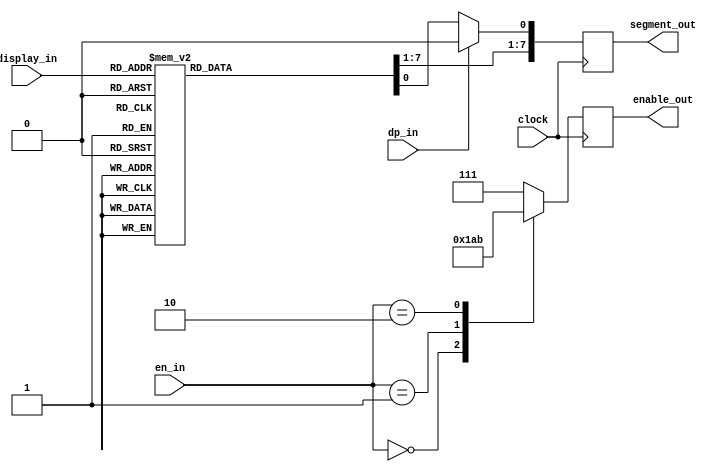
`timescale 1ns / 1ps
//////////////////////////////////////////////////////////////////////////////////
// Company: 
// Engineer: 
// 
// Design Name: 
// Module Name:    display_7_seg 
// Project Name: 
// Target Devices: 
// Tool versions: 
// Description: 
//
// Dependencies: 
//
// Revision: 
// Revision 0.01 - File Created
// Additional Comments: 
//
//////////////////////////////////////////////////////////////////////////////////
module display_7_seg(
			clock,
			dp_in,
			en_in,
			display_in,
			segment_out,
			enable_out
    );
	 //input ports
	 input clock;
	 input dp_in;
	 input [3:0] display_in;
	 input [1:0] en_in;
	 
	 //output ports
	 output [7:0] segment_out;
	 output [2:0] enable_out;
	 
	 //input ports data types
	 wire clock;
	 wire dp_in;
	 wire [3:0] display_in;
	 wire [1:0] en_in;
	 
	 //output ports data types
	 reg [7:0] segment_out;
	 reg [2:0] enable_out;
	 
	 //behavioral logic
	 always @ (posedge clock)
	 begin
		case (en_in)
			0: enable_out <= 3'b110;
			1: enable_out <= 3'b101;
			2: enable_out <= 3'b011;
			default: enable_out <= 3'b111;
		endcase
		
		case (display_in)
			'h0: segment_out <= 8'b00000011;
			'h1: segment_out <= 8'b10011111;
			'h2: segment_out <= 8'b00100101;
			'h3: segment_out <= 8'b00001101;
			'h4: segment_out <= 8'b10011001;
			'h5: segment_out <= 8'b01001001;
			'h6: segment_out <= 8'b01000001;
			'h7: segment_out <= 8'b00011111;
			'h8: segment_out <= 8'b00000001;
			'h9: segment_out <= 8'b00011001;
			'hA: segment_out <= 8'b00010001;
			'hB: segment_out <= 8'b11000001;
			'hC: segment_out <= 8'b01100011;
			'hD: segment_out <= 8'b10000101;
			'hE: segment_out <= 8'b01100001;
			'hF: segment_out <= 8'b01110001;
			default: segment_out <= 8'b11111111;
		endcase
		
		if (dp_in == 1'b1) begin
			segment_out[0] <= 0;
		end
	 
	 end


endmodule